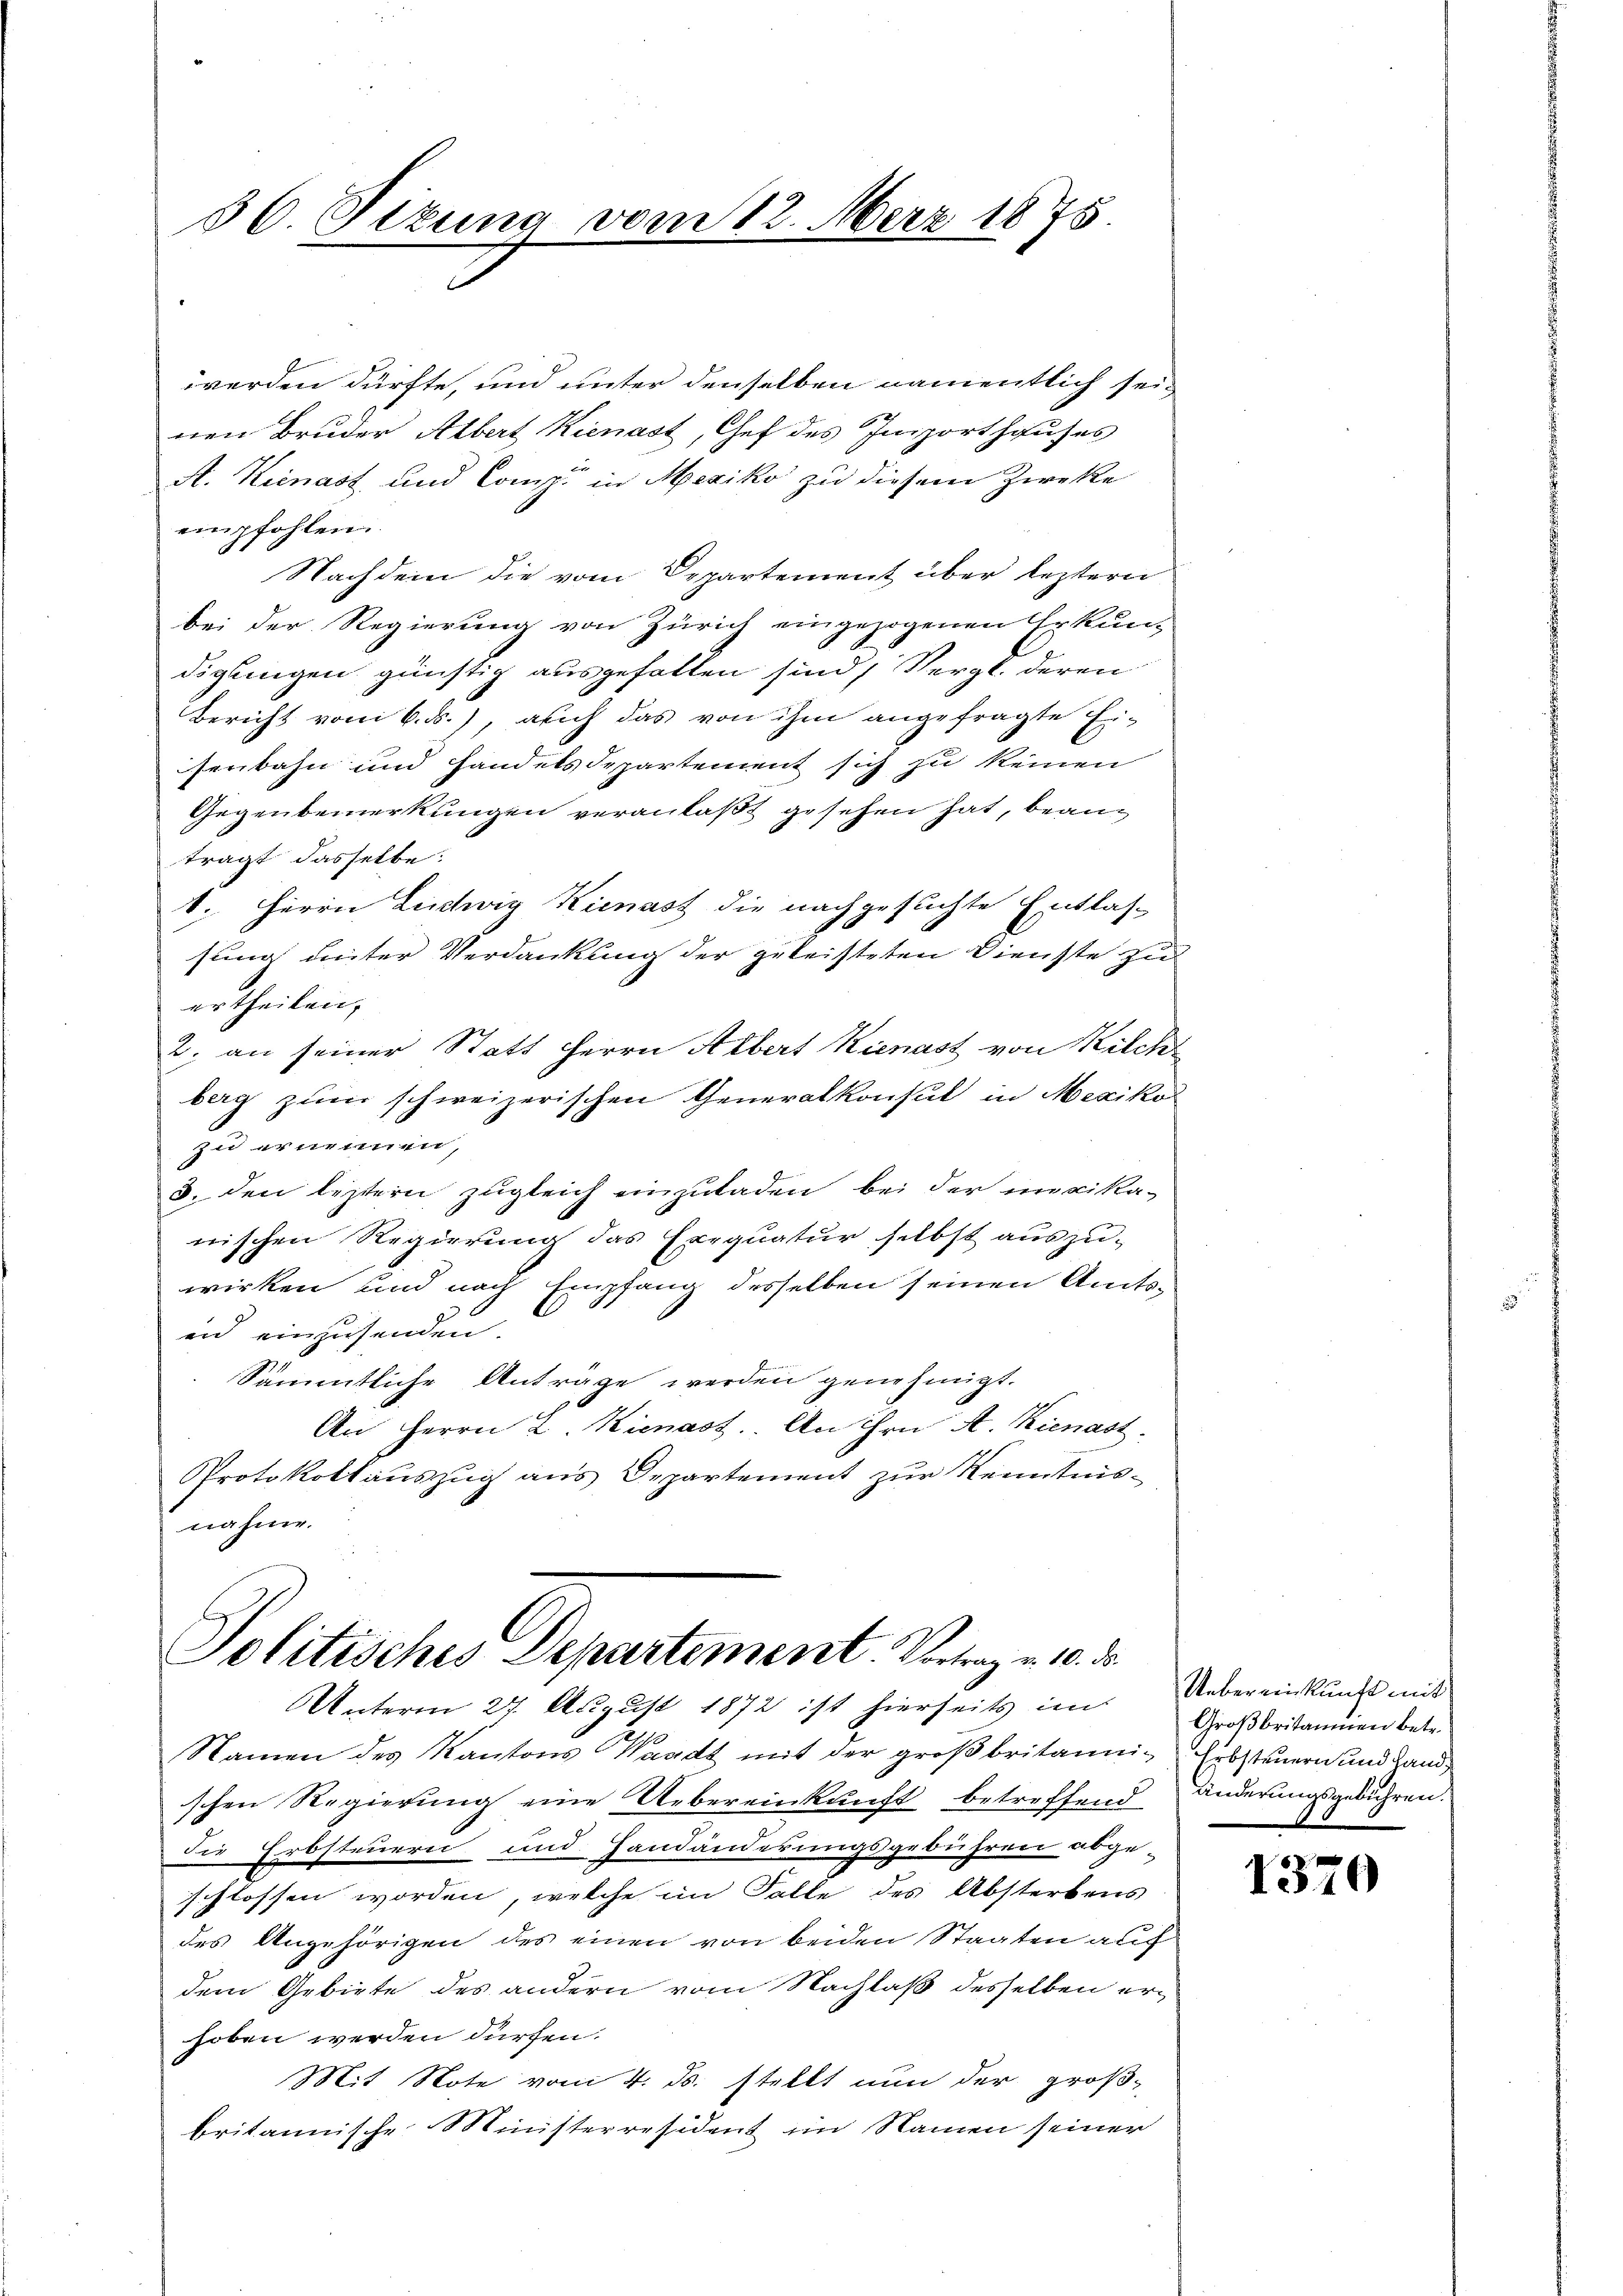
56. Sizung vom 12. März 1875

werden dürfte, und unter denselben namentlich seinen Bruder Albert Kienast, Gef des Insporthauses
A. Kienast und Comp. in Mexiko zu diesem Zwecke
empfohlen.
Nachdem die vom Departement über leztern
bei der Regierung von Zürich eingezogenen Erkun-
digungen günstig ausgefallen sind, Vergl. deren
Bericht vom 6. ds.), auch das von ihm angefragte Eisenbahn und Handelsdepartement sich zu keinen
Gegenbemerkungen veranlaßt gesehen hat, beanträgt dasselbe:
1. Herrn Ludwig Kienast die nachgesuchte Entlassung unter Verdankung der geleisteten Dienste zu
ertheilen,
2. an seiner Statt Herrn Albert Kienast von Kilch
berg zum schweizerischen Generalkonsul in Mexiko
zu ernennen,
3. den leztern zugleich einzuladen, bei der mvika-
nischen Regierung das Exequatur selbst auszu-
wirken und nach Empfang desselben seinen Amtsin einzusenden.
Sämmtliche Anträge werden genehmigt.
An Herrn L. Kienast. An Hrn. A. Kienast
Protokollauszug aus Departement zur Kenntnis-
nahme.

Politisches Departement. Vortrag v. 10. ds.

Unterm 27. August 1872 ist hierseits im Uebereinkunft mit
Namen des Kantons Waadt mit der großbritanni- Erbsteuern und Handschen Regierung eine Uebereinkunft betreffend änderungsgebühren.
die Erbsteuerei und Handänderungsgebühren abge-
schlossen worden, welche im Falle des Absterbens
des Ungehörigen des einen von beiden Staaten auf
dem Gebiete des andern vom Nachlaß desselben erhoben werden dürfen.
Mit Note vom 4. ds. stellt nun der groß-
britannische Ministerresident im Namen seiner

Großbritannien betr.

1370